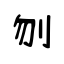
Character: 刎